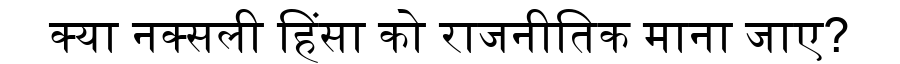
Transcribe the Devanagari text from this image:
क्या नक्सली हिंसा को राजनीतिक माना जाए?